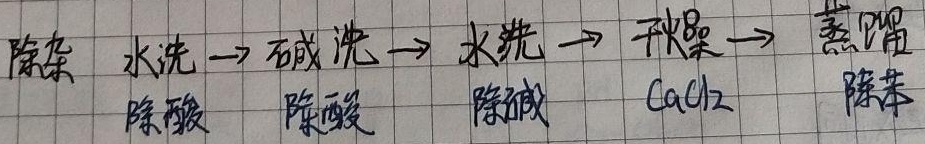
除杂：水洗→碱洗→水洗→干燥→蒸馏
除酸，除酸，除碱，\(CaCl_2\)，除苯